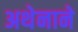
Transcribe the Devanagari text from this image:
अथेनाने